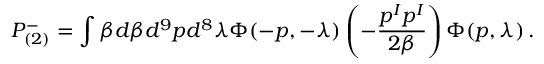
P _ { ( 2 ) } ^ { - } = \int \beta d \beta d ^ { 9 } p d ^ { 8 } \lambda \Phi ( - p , - \lambda ) \left( - \frac { p ^ { I } p ^ { I } } { 2 \beta } \right) \Phi ( p , \lambda ) \, .